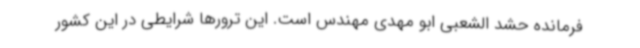
فرمانده حشد الشعبی ابو مهدی مهندس است. این ترورها شرایطی در این کشور